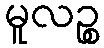
မူလဉ္စ